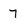
Character: 7